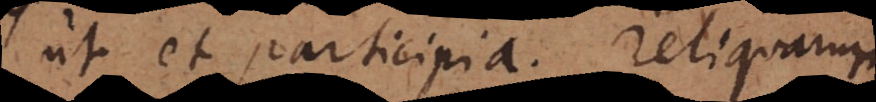
ut et participia, reliquarum